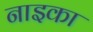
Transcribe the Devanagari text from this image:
नाइका